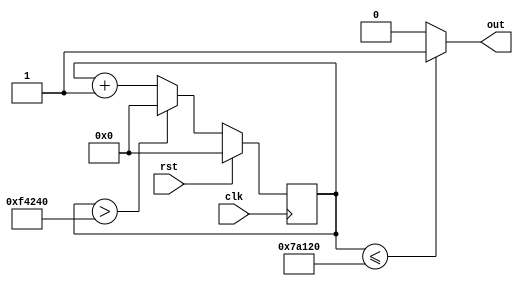
module Clock50Hz(out, clk, rst);
output reg out;
input clk, rst;

reg [27:0] count;

always@(posedge clk)
begin
	if(rst) count <= 28'd0;
	else
	begin
		if(count > 28'd1000000) count <= 28'd0;
		else count <= count + 1;
	end
end

always@(count)
begin
	if(count <= 28'd500000) out = 1'b1;
	else out = 1'b0;
end

endmodule